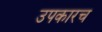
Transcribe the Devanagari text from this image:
उपकारच